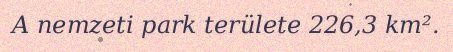
A nemzeti park területe 226,3 km².